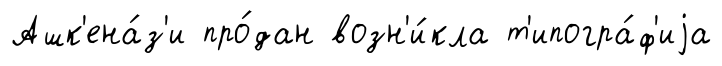
Ашк'ена́з'и про́дан возн'и́кла т'ипогра́ф'иjа